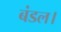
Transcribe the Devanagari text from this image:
बंडल।